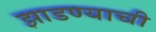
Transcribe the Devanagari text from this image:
झाडण्याची